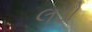
લડો